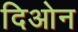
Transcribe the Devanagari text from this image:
दिओन